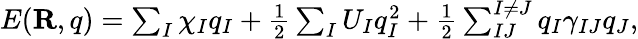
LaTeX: \begin{array}{r}{E({\mathbf R,q})=\sum_{I}\chi_{I}q_{I}+\frac{1}{2}\sum_{I}U_{I}q_{I}^{2}+\frac{1}{2}\sum_{IJ}^{I\ne J}q_{I}\gamma_{IJ}q_{J},}\end{array}